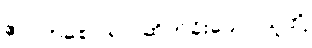
ဧလကစော ရာ၊ ဆိတ်ခိုးသော သူတို့